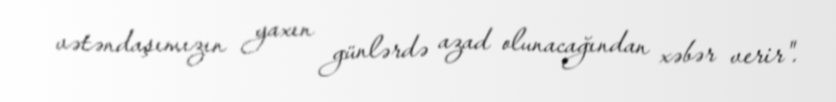
vətəndaşımızın yaxın günlərdə azad olunacağından xəbər verir".